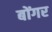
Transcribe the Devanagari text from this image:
बोंगर